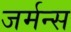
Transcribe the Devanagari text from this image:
जर्मन्स